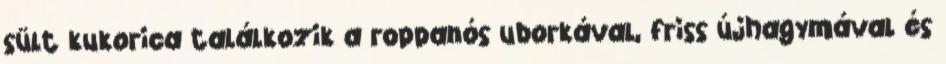
sült kukorica találkozik a roppanós uborkával, friss újhagymával és